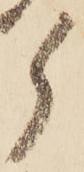
ら